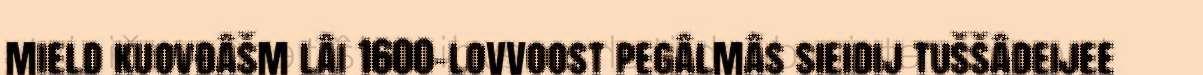
mield kuovđâšm lâi 1600-lovvoost pegâlmâs sieidij tuššâdeijee